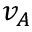
v _ { A }